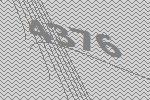
4376